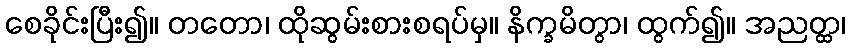
စေခိုင်းပြီး၍။ တတော၊ ထိုဆွမ်းစားစရပ်မှ။ နိက္ခမိတွာ၊ ထွက်၍။ အညတ္ထ၊